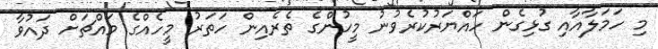
މި ހަމަލާއާއި ގުޅިގެން ހައްޔަރުކުރެވުނު މީހުންގެ ތެރެއިން ހަތަރު މީހެއްގެ މައްޗަށް ދައުވާ